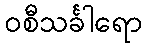
ဝစီသင်္ခါရော